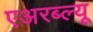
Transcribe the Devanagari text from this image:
एअरब्ल्यू